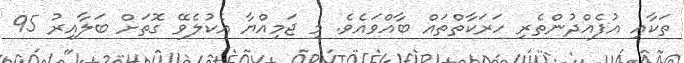
ތަކާއި އުފެއްދުންތެރި ހަރަކާތްތައް ބާއްވައެވެ. މި ޖަމިއްޔާ އެކުލެވޭ ގޮތަށް ބަލާއިރު 95